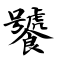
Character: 饕